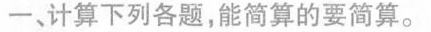
一、计算下列各题，能简算的要简算。